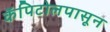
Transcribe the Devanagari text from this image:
कॅपिटोलपासून